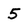
Character: 5